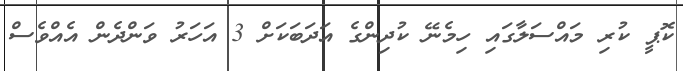
ކޮޕީ ކުރި މައްސަލާގައި ހިމެނޭ ކުދިންގެ އަދަބަކަށް 3 އަހަރު ވަންދެން އެއްވެސް